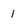
Character: 1